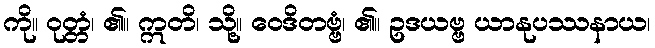
ကို။ ဝုတ္တံ၊ ၏။ ဣတိ၊ သို့။ ဝေဒိတဗ္ဗံ၊ ၏။ ဥဒယဗ္ဗ ယာနုပဿနာယ၊